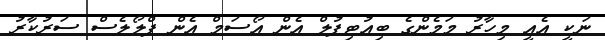
ނަކީ އެއީ މިހާރު މަމެންގެ ބިއުޓިފުލް އެން އޯސަމް އެން ފްލޯލެސް ސަރުކާރު